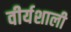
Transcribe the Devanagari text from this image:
वीर्यशाली